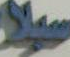
سيلا